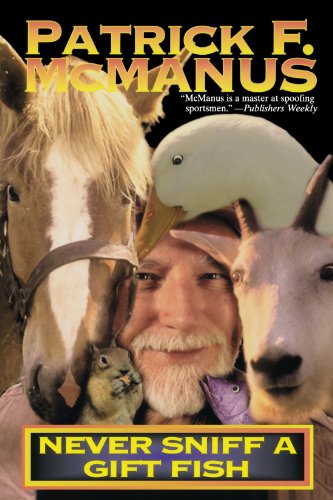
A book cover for Never Sniff A Gift Fish; Patrick F. McManus; Humor & Entertainment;